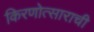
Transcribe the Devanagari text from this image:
किरणोत्साराची